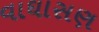
વાઘાસણ